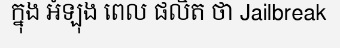
ក្នុង អំឡុង ពេល ផលិត ថា Jailbreak